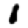
Digit: 1